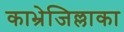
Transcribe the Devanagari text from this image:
काभ्रेजिल्लाका